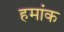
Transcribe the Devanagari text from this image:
हमांक